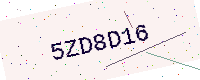
Text: 5ZD8D16